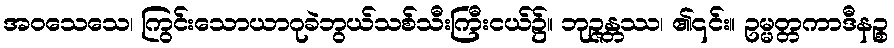
အဝသေသေ၊ ကြွင်းသောယာဂုခဲဘွယ်သစ်သီးကြီးငယ်၌။ ဘုဉ္ဇန္တဿ၊ ၏၎င်း။ ဥမ္မတ္တကာဒီနဉ္စ